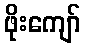
ဖိုးကျော်